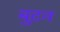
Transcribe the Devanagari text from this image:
बुटन